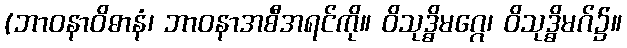
(ဘာဝနာဝိဓာနံ၊ ဘာဝနာအစီအရင်ကို။ ဝိသုဒ္ဓိမဂ္ဂေ၊ ဝိသုဒ္ဓိမဂ်၌။